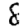
Digit: 8